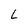
Character: L